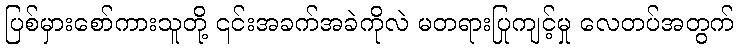
ပြစ်မှားစော်ကားသူတို့ ၎င်းအခက်အခဲကိုလဲ မတရားပြုကျင့်မှု လေတပ်အတွက်